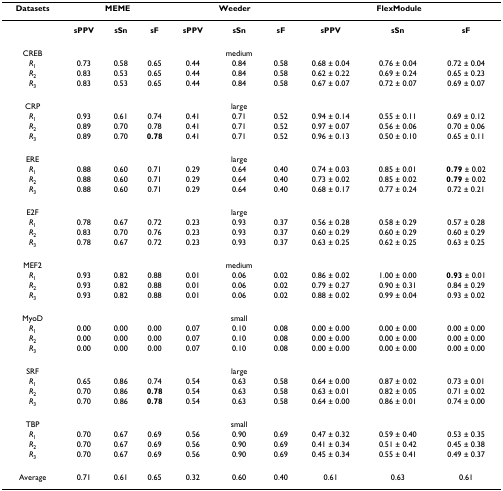
<table><thead><tr><td><b>Datasets</b></td><td colspan="3"><b>MEME</b></td><td colspan="3"><b>Weeder</b></td><td colspan="3"><b>FlexModule</b></td></tr></thead><tbody><tr><td>[EMPTY_CELL]</td><td><b>sPPV</b></td><td><b>sSn</b></td><td><b>sF</b></td><td><b>sPPV</b></td><td><b>sSn</b></td><td><b>sF</b></td><td><b>sPPV</b></td><td><b>sSn</b></td><td><b>sF</b></td></tr><tr><td>CREB</td><td>[EMPTY_CELL]</td><td>[EMPTY_CELL]</td><td>[EMPTY_CELL]</td><td>[EMPTY_CELL]</td><td>medium</td><td>[EMPTY_CELL]</td><td>[EMPTY_CELL]</td><td>[EMPTY_CELL]</td><td>[EMPTY_CELL]</td></tr><tr><td><i>R</i><sub>1</sub></td><td>0.73</td><td>0.58</td><td>0.65</td><td>0.44</td><td>0.84</td><td>0.58</td><td>0.68 ± 0.04</td><td>0.76 ± 0.04</td><td>0.72 ± 0.04</td></tr><tr><td><i>R</i><sub>2</sub></td><td>0.83</td><td>0.53</td><td>0.65</td><td>0.44</td><td>0.84</td><td>0.58</td><td>0.62 ± 0.22</td><td>0.69 ± 0.24</td><td>0.65 ± 0.23</td></tr><tr><td><i>R</i><sub>3</sub></td><td>0.83</td><td>0.53</td><td>0.65</td><td>0.44</td><td>0.84</td><td>0.58</td><td>0.67 ± 0.07</td><td>0.72 ± 0.07</td><td>0.69 ± 0.07</td></tr><tr><td>CRP</td><td>[EMPTY_CELL]</td><td>[EMPTY_CELL]</td><td>[EMPTY_CELL]</td><td>[EMPTY_CELL]</td><td>large</td><td>[EMPTY_CELL]</td><td>[EMPTY_CELL]</td><td>[EMPTY_CELL]</td><td>[EMPTY_CELL]</td></tr><tr><td><i>R</i><sub>1</sub></td><td>0.93</td><td>0.61</td><td>0.74</td><td>0.41</td><td>0.71</td><td>0.52</td><td>0.94 ± 0.14</td><td>0.55 ± 0.11</td><td>0.69 ± 0.12</td></tr><tr><td><i>R</i><sub>2</sub></td><td>0.89</td><td>0.70</td><td>0.78</td><td>0.41</td><td>0.71</td><td>0.52</td><td>0.97 ± 0.07</td><td>0.56 ± 0.06</td><td>0.70 ± 0.06</td></tr><tr><td><i>R</i><sub>3</sub></td><td>0.89</td><td>0.70</td><td><b>0.78</b></td><td>0.41</td><td>0.71</td><td>0.52</td><td>0.96 ± 0.13</td><td>0.50 ± 0.10</td><td>0.65 ± 0.11</td></tr><tr><td>ERE</td><td>[EMPTY_CELL]</td><td>[EMPTY_CELL]</td><td>[EMPTY_CELL]</td><td>[EMPTY_CELL]</td><td>large</td><td>[EMPTY_CELL]</td><td>[EMPTY_CELL]</td><td>[EMPTY_CELL]</td><td>[EMPTY_CELL]</td></tr><tr><td><i>R</i><sub>1</sub></td><td>0.88</td><td>0.60</td><td>0.71</td><td>0.29</td><td>0.64</td><td>0.40</td><td>0.74 ± 0.03</td><td>0.85 ± 0.01</td><td><b>0.79 </b>± 0.02</td></tr><tr><td><i>R</i><sub>2</sub></td><td>0.88</td><td>0.60</td><td>0.71</td><td>0.29</td><td>0.64</td><td>0.40</td><td>0.73 ± 0.02</td><td>0.85 ± 0.02</td><td><b>0.79 </b>± 0.02</td></tr><tr><td><i>R</i><sub>3</sub></td><td>0.88</td><td>0.60</td><td>0.71</td><td>0.29</td><td>0.64</td><td>0.40</td><td>0.68 ± 0.17</td><td>0.77 ± 0.24</td><td>0.72 ± 0.21</td></tr><tr><td>E2F</td><td>[EMPTY_CELL]</td><td>[EMPTY_CELL]</td><td>[EMPTY_CELL]</td><td>[EMPTY_CELL]</td><td>large</td><td>[EMPTY_CELL]</td><td>[EMPTY_CELL]</td><td>[EMPTY_CELL]</td><td>[EMPTY_CELL]</td></tr><tr><td><i>R</i><sub>1</sub></td><td>0.78</td><td>0.67</td><td>0.72</td><td>0.23</td><td>0.93</td><td>0.37</td><td>0.56 ± 0.28</td><td>0.58 ± 0.29</td><td>0.57 ± 0.28</td></tr><tr><td><i>R</i><sub>2</sub></td><td>0.83</td><td>0.70</td><td>0.76</td><td>0.23</td><td>0.93</td><td>0.37</td><td>0.60 ± 0.29</td><td>0.60 ± 0.29</td><td>0.60 ± 0.29</td></tr><tr><td><i>R</i><sub>3</sub></td><td>0.78</td><td>0.67</td><td>0.72</td><td>0.23</td><td>0.93</td><td>0.37</td><td>0.63 ± 0.25</td><td>0.62 ± 0.25</td><td>0.63 ± 0.25</td></tr><tr><td>MEF2</td><td>[EMPTY_CELL]</td><td>[EMPTY_CELL]</td><td>[EMPTY_CELL]</td><td>[EMPTY_CELL]</td><td>medium</td><td>[EMPTY_CELL]</td><td>[EMPTY_CELL]</td><td>[EMPTY_CELL]</td><td>[EMPTY_CELL]</td></tr><tr><td><i>R</i><sub>1</sub></td><td>0.93</td><td>0.82</td><td>0.88</td><td>0.01</td><td>0.06</td><td>0.02</td><td>0.86 ± 0.02</td><td>1.00 ± 0.00</td><td><b>0.93 </b>± 0.01</td></tr><tr><td><i>R</i><sub>2</sub></td><td>0.93</td><td>0.82</td><td>0.88</td><td>0.01</td><td>0.06</td><td>0.02</td><td>0.79 ± 0.27</td><td>0.90 ± 0.31</td><td>0.84 ± 0.29</td></tr><tr><td><i>R</i><sub>3</sub></td><td>0.93</td><td>0.82</td><td>0.88</td><td>0.01</td><td>0.06</td><td>0.02</td><td>0.88 ± 0.02</td><td>0.99 ± 0.04</td><td>0.93 ± 0.02</td></tr><tr><td>MyoD</td><td>[EMPTY_CELL]</td><td>[EMPTY_CELL]</td><td>[EMPTY_CELL]</td><td>[EMPTY_CELL]</td><td>small</td><td>[EMPTY_CELL]</td><td>[EMPTY_CELL]</td><td>[EMPTY_CELL]</td><td>[EMPTY_CELL]</td></tr><tr><td><i>R</i><sub>1</sub></td><td>0.00</td><td>0.00</td><td>0.00</td><td>0.07</td><td>0.10</td><td>0.08</td><td>0.00 ± 0.00</td><td>0.00 ± 0.00</td><td>0.00 ± 0.00</td></tr><tr><td><i>R</i><sub>2</sub></td><td>0.00</td><td>0.00</td><td>0.00</td><td>0.07</td><td>0.10</td><td>0.08</td><td>0.00 ± 0.00</td><td>0.00 ± 0.00</td><td>0.00 ± 0.00</td></tr><tr><td><i>R</i><sub>3</sub></td><td>0.00</td><td>0.00</td><td>0.00</td><td>0.07</td><td>0.10</td><td>0.08</td><td>0.00 ± 0.00</td><td>0.00 ± 0.00</td><td>0.00 ± 0.00</td></tr><tr><td>SRF</td><td>[EMPTY_CELL]</td><td>[EMPTY_CELL]</td><td>[EMPTY_CELL]</td><td>[EMPTY_CELL]</td><td>large</td><td>[EMPTY_CELL]</td><td>[EMPTY_CELL]</td><td>[EMPTY_CELL]</td><td>[EMPTY_CELL]</td></tr><tr><td><i>R</i><sub>1</sub></td><td>0.65</td><td>0.86</td><td>0.74</td><td>0.54</td><td>0.63</td><td>0.58</td><td>0.64 ± 0.00</td><td>0.87 ± 0.02</td><td>0.73 ± 0.01</td></tr><tr><td><i>R</i><sub>2</sub></td><td>0.70</td><td>0.86</td><td><b>0.78</b></td><td>0.54</td><td>0.63</td><td>0.58</td><td>0.63 ± 0.01</td><td>0.82 ± 0.05</td><td>0.71 ± 0.02</td></tr><tr><td><i>R</i><sub>3</sub></td><td>0.70</td><td>0.86</td><td><b>0.78</b></td><td>0.54</td><td>0.63</td><td>0.58</td><td>0.64 ± 0.00</td><td>0.86 ± 0.01</td><td>0.74 ± 0.00</td></tr><tr><td>TBP</td><td>[EMPTY_CELL]</td><td>[EMPTY_CELL]</td><td>[EMPTY_CELL]</td><td>[EMPTY_CELL]</td><td>small</td><td>[EMPTY_CELL]</td><td>[EMPTY_CELL]</td><td>[EMPTY_CELL]</td><td>[EMPTY_CELL]</td></tr><tr><td><i>R</i><sub>1</sub></td><td>0.70</td><td>0.67</td><td>0.69</td><td>0.56</td><td>0.90</td><td>0.69</td><td>0.47 ± 0.32</td><td>0.59 ± 0.40</td><td>0.53 ± 0.35</td></tr><tr><td><i>R</i><sub>2</sub></td><td>0.70</td><td>0.67</td><td>0.69</td><td>0.56</td><td>0.90</td><td>0.69</td><td>0.41 ± 0.34</td><td>0.51 ± 0.42</td><td>0.45 ± 0.38</td></tr><tr><td><i>R</i><sub>3</sub></td><td>0.70</td><td>0.67</td><td>0.69</td><td>0.56</td><td>0.90</td><td>0.69</td><td>0.45 ± 0.34</td><td>0.55 ± 0.41</td><td>0.49 ± 0.37</td></tr><tr><td>Average</td><td>0.71</td><td>0.61</td><td>0.65</td><td>0.32</td><td>0.60</td><td>0.40</td><td>0.61</td><td>0.63</td><td>0.61</td></tr></tbody></table>